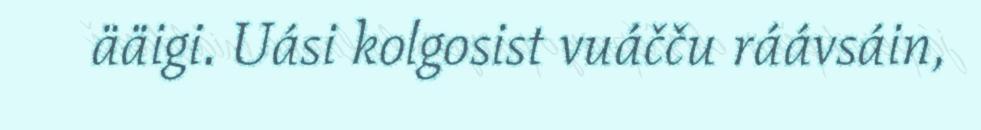
ääigi. Uási kolgosist vuáčču ráávsáin,